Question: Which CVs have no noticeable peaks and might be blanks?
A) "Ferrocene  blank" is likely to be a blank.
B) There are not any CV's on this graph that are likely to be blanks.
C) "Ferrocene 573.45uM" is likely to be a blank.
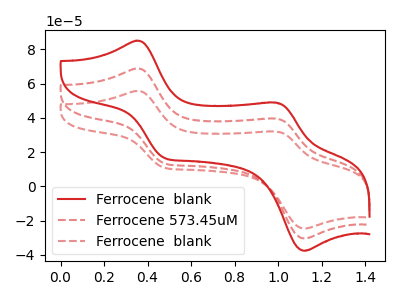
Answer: <think>The red curve "Ferrocene  blank" has anodic peaks at (0.35V, 137.70uA) (1.00V, 79.20uA) and cathodic peaks at (0.50V, 26.95uA) (1.10V, -60.75uA). The red dashed curve "Ferrocene 573.45uM" has anodic peaks at (0.35V, 68.85uA) (1.00V, 39.60uA) and cathodic peaks at (0.50V, 13.50uA) (1.10V, -30.35uA). The red dashed curve "Ferrocene  blank" has anodic peaks at (0.35V, 55.75uA) (1.00V, 32.05uA) and cathodic peaks at (0.50V, 10.90uA) (1.10V, -24.60uA).</think>
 <answer>B) There are not any CV's on this graph that are likely to be blanks.</answer>
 <eval>B</eval>